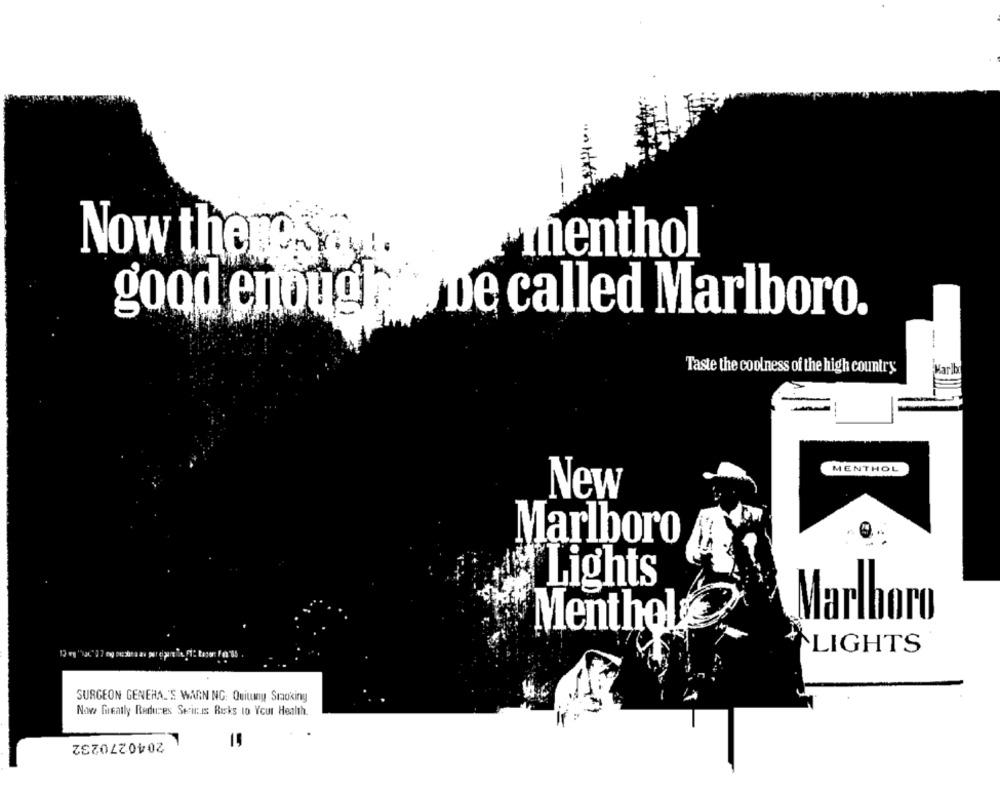
thenthol
Now then
good enough o De called Marlboro.
Taste the coolness of the high country
MENTHOL
New
Marlboro
Lights
Marlboro
Menthol
LIGHTS
SURGEON GENERAL'S WARN NG: Quitung Smoking
Nowe Greatly Reduces Serin is Risks to Your Health.
2040270232